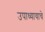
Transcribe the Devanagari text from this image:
उपाध्यायाचे